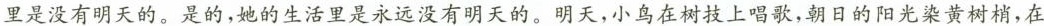
里是没有明天的。是的，她的生活里是永远没有明天的。明天，小鸟在树技上唱歌，朝日的阳光染黄树梢，在